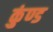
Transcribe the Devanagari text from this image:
कुंण्ड